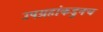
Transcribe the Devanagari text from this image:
उपग्रहांकडुनच